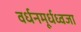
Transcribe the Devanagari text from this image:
वर्धनमूर्धध्वजा